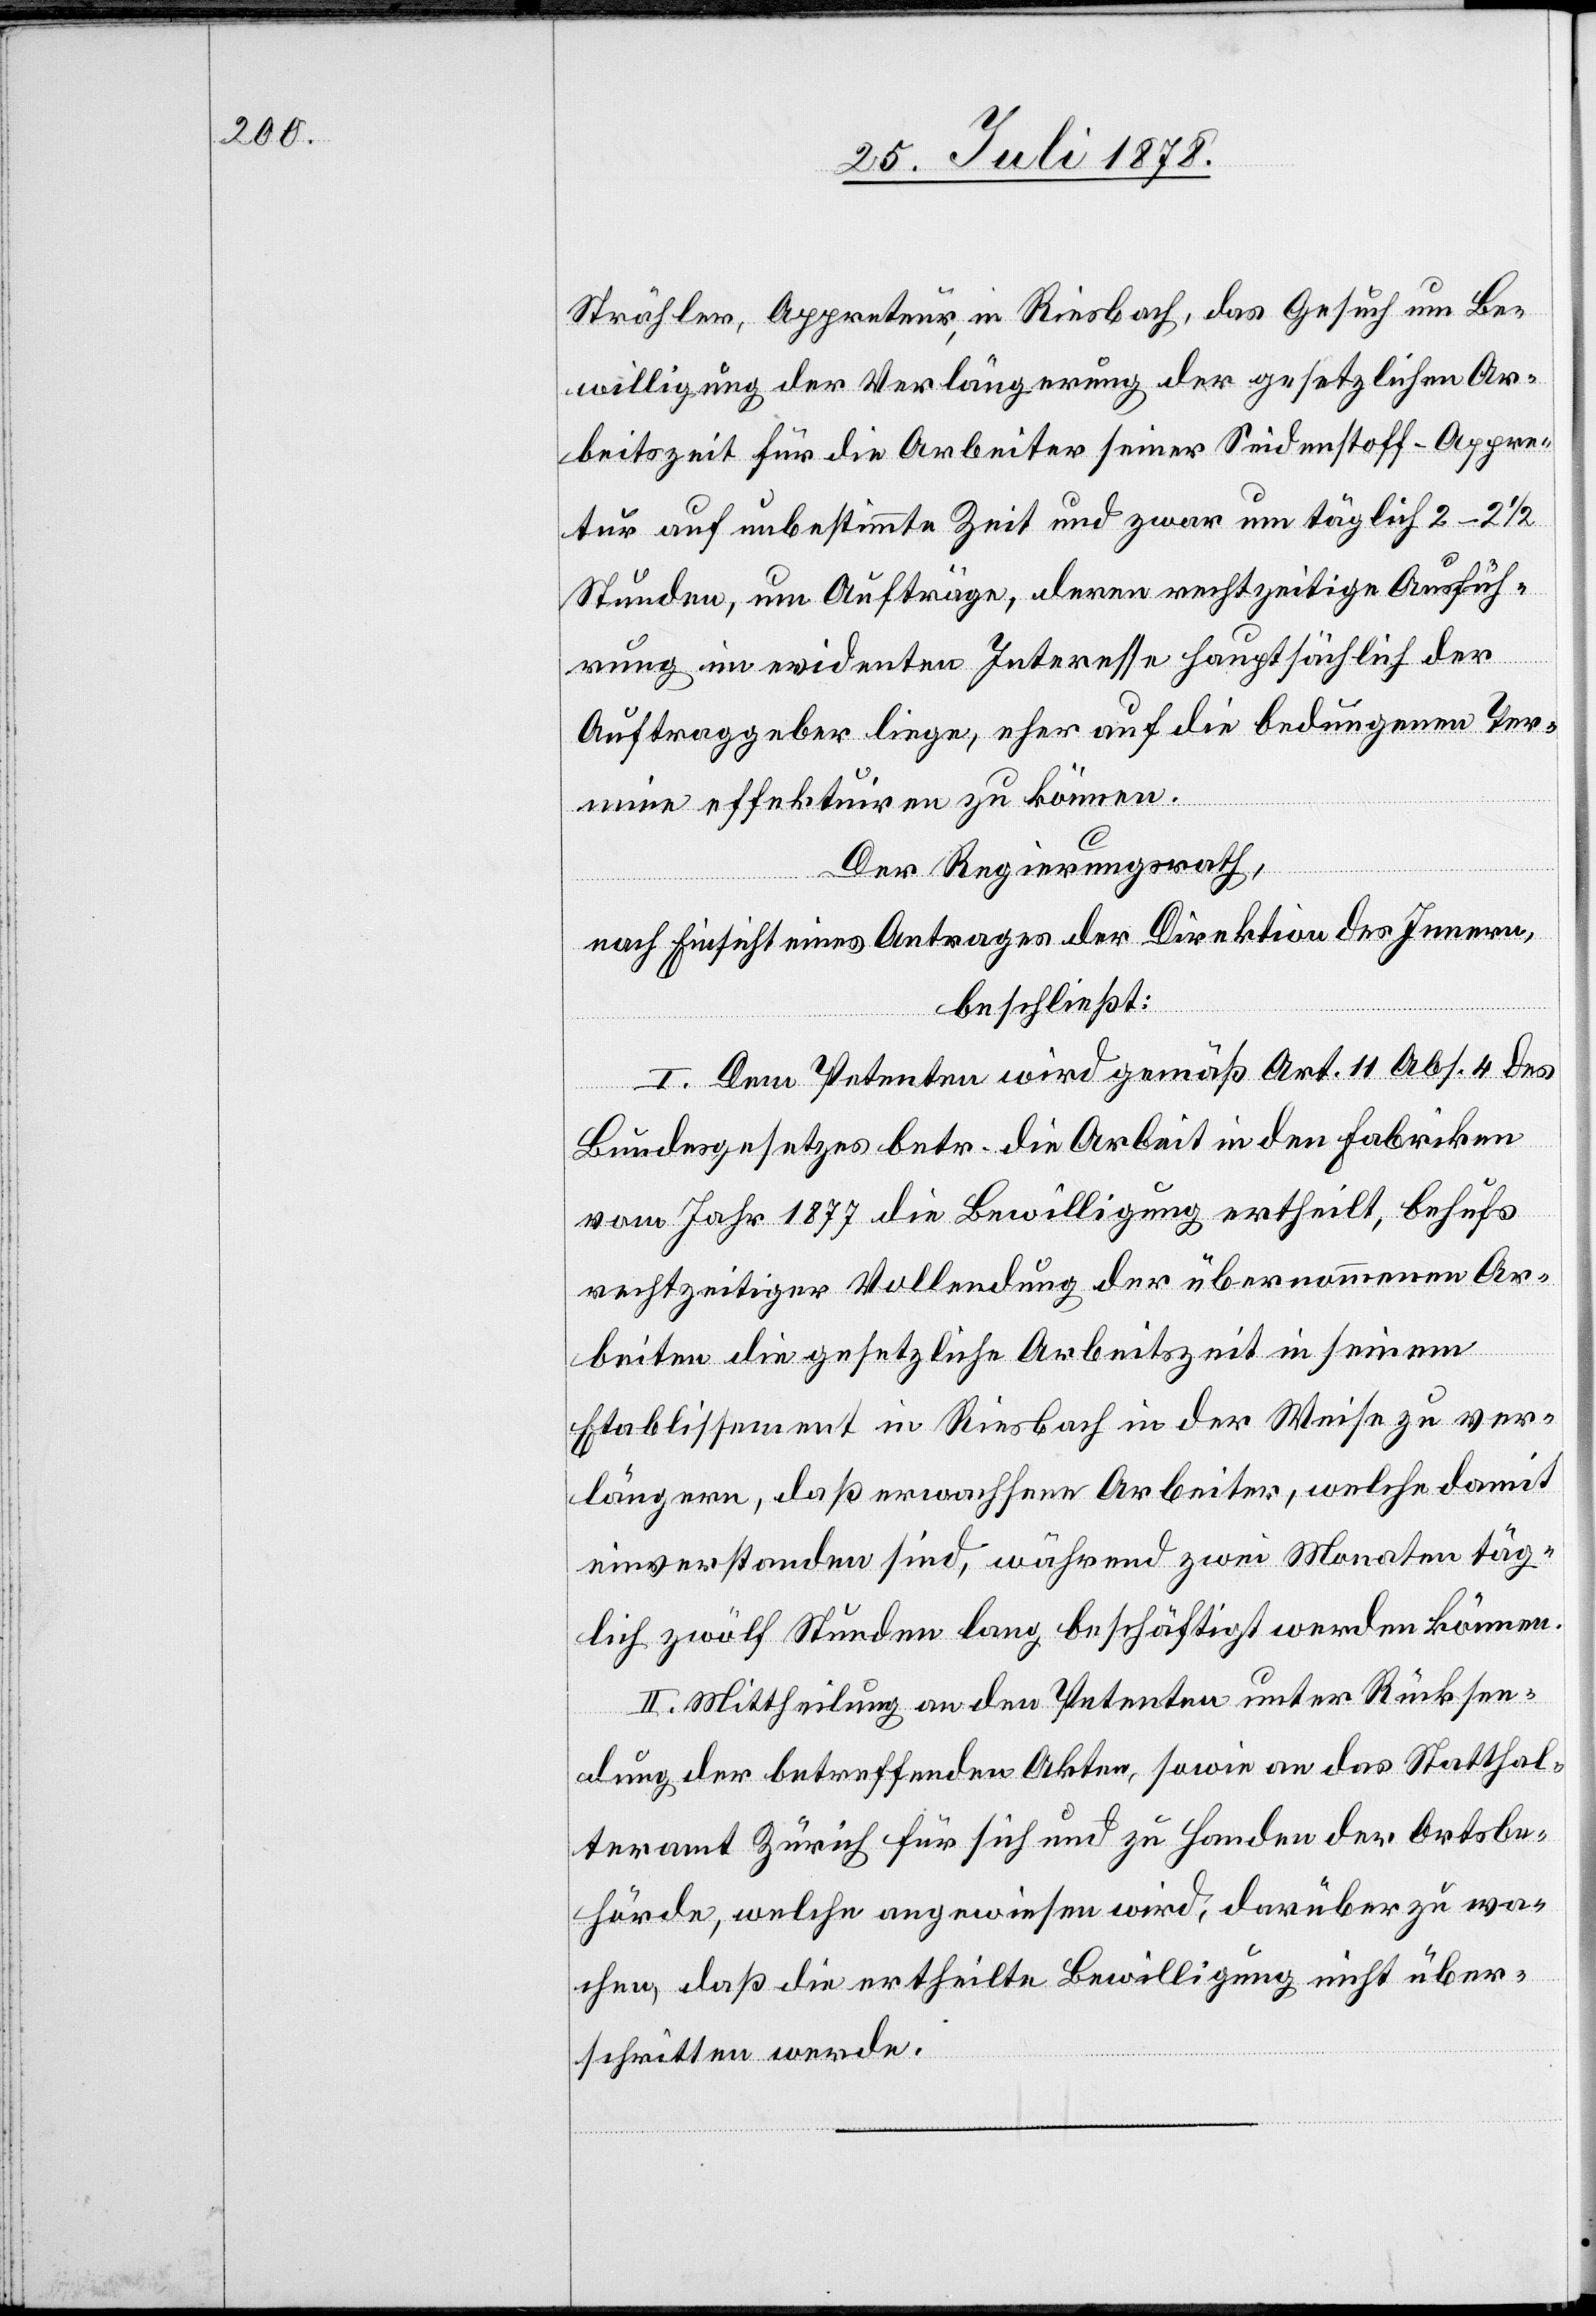
Strähler, Appreteur, in Riesbach, das Gesuch um Be¬
willigung der Verlängerung der gesetzlichen Ar¬
beitszeit für die Arbeiter seiner Seidenstoff-Appre¬
tur auf unbestimmte Zeit und zwar um täglich
Stunden, um Aufträge, deren rechtzeitige Ausfüh¬
rung im evidenten Interesse hauptsächlich der
Auftraggeber liege, eher auf die bedungenen Ter¬
mine effektuiren zu können.
Der Regierungsrath,
nach Einsicht eines Antrages der Direktion des Innern,
beschließt:
I. Dem Petenten wird gemäß Art. 11 Abs. 4 des
Bundesgesetzes betr. die Arbeit in den Fabriken
vom Jahr 1877 die Bewilligung ertheilt, behufs
rechtzeitiger Vollendung der übernommenen Ar¬
beiten die gesetzliche Arbeitszeit in seinem
Etablissement in Riesbach in der Weise zu ver¬
längern, daß erwachsene Arbeiter, welche damit
einverstanden sind, während zwei Monaten täg¬
lich zwölf Stunden lang beschäftigt werden können.
II. Mittheilung an den Petenten unter Rücksen¬
dung der betreffenden Akten, sowie an das Statthal¬
teramt Zürich für sich und zu Handen der Ortsbe¬
hörde, welche angewiesen wird, darüber zu wa¬
chen, daß die ertheilte Bewilligung nicht über¬
schritten werde.